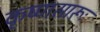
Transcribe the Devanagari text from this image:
कृष्‍णसारूः